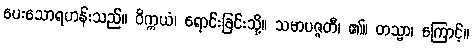
ပေးသောရဟန်းသည်။ ဝိက္ကယံ၊ ရောင်းခြင်းသို့။ သမာပဇ္ဇတီ၊ ၏။ တသ္မာ၊ ကြောင့်။